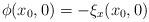
LaTeX: \begin{align*} \phi(x_0,0)=-\xi_x(x_0,0)\end{align*}